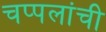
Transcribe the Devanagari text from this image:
चप्पलांची